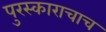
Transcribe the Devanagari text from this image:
पुरस्काराचाच